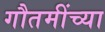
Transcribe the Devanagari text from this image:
गौतमींच्या